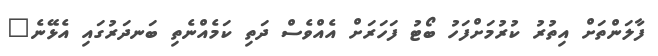
ފާލަންތަށް އިތުރު ކުރުމަށްފަހު ބޯޓު ފަހަރަށް އެއްވެސް ދަތި ކަމެއްނެތި ބަނދަރުގައި އެޅޭނެ"